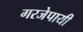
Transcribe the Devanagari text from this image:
गरजेपायी